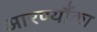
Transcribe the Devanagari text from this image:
आरण्यौंका